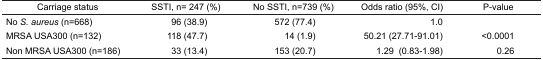
<table><thead><tr><td><b>Carriage status</b></td><td><b>SSTI, n= 247 (%)</b></td><td><b>No SSTI, n=739 (%)</b></td><td><b>Odds ratio (95%, CI)</b></td><td><b>P-value</b></td></tr></thead><tbody><tr><td>No <i>S. aureus</i> (n=668)</td><td>96 (38.9)</td><td>572 (77.4)</td><td>1.0</td><td></td></tr><tr><td>MRSA USA300 (n=132)</td><td>118 (47.7)</td><td>14 (1.9)</td><td>50.21 (27.71–91.01)</td><td>&lt;0.0001</td></tr><tr><td>Non MRSA USA300 (n=186)</td><td>33 (13.4)</td><td>153 (20.7)</td><td>1.29 (0.83–1.98)</td><td>0.26</td></tr></tbody></table>